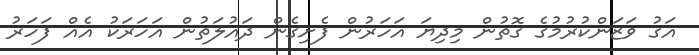
އަގު ވަޒަންކުރުމުގެ ގޮތުން މިދިޔަ އަހަރުން ފެށިގެން ދައުލަތުން އަހަރަކު އެއް ފަހަރު